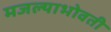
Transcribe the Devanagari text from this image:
मजल्याभोवती